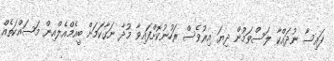
ފައިސާ ނުދައްކާ ލަސްވަމުން ދިޔަ އިރުވެސް ރަހުނުކޮށްފައިވާ މުދާ ނަގާކަމަށް ބީއެމްއެލްއިން މަސައްކަތެއް